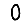
Digit: 0